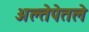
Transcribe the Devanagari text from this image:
अल्तेपेतले